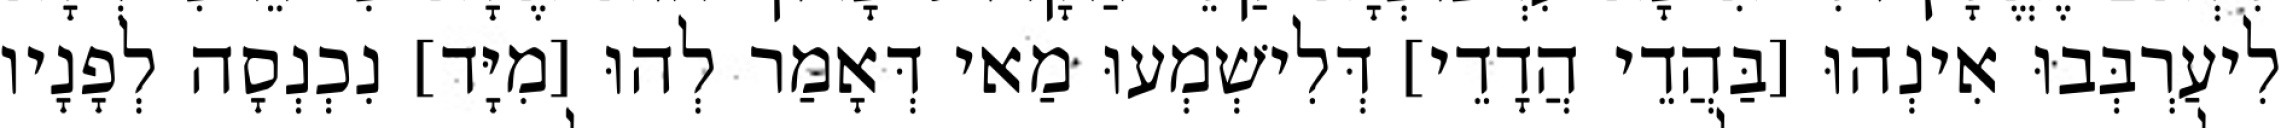
לִיעַרְבְּבוּ אִינְהוּ [בַּהֲדֵי הֲדָדֵי] דְּלִישְׁמְעוּ מַאי דְּאָמַר לְהוּ [מִיָּד] נִכְנְסָה לְפָנָיו